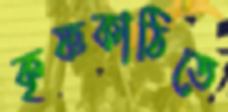
কৃষ্ণকাঠিতে